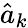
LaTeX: \hat{a}_{k}